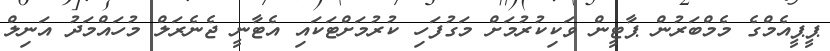
ޕީޕީއެމްގެ މެމްބަރުން ޕާޓީން ވަކިކުރުމަށް މަގުފަހި ކުރުމަށްޓަކައި އެޓާނީ ޖެނެރަލް މުހައްމަދު އަނިލް